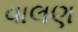
વાલણ